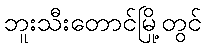
ဘူးသီးတောင်မြို့တွင်